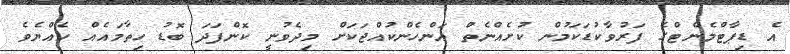
އެ ޑިޕާޓްމެންޓްގެ ފަރުވާކުޑަކަމުން ކުށެއްނެތް އަންހެންކުއްޖަކަށް މިދެވުނީ ކޮންފަދަ ބޮޑު ހިތާމައެއް ހެއްޔެވެ